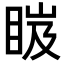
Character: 𥆹